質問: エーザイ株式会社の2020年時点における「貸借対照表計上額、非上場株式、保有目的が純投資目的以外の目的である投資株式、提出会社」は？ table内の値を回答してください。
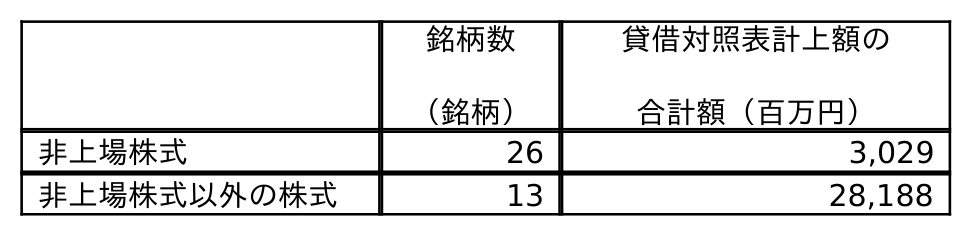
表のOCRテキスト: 銘柄数 （銘柄） 貸借対照表計上額の 合計額（百万円） 非上場株式 26 3,029 非上場株式以外の株式 13 28,188
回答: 3,029